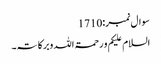
سوال نمبر:1710
السلام علیکم و رحمۃ اللہ وبرکاتہ۔